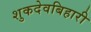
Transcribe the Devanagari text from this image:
शुकदेवबिहारी